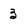
Character: 3